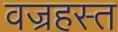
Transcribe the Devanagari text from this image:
वज्रहस्त